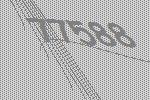
77588